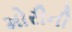
મોરીની